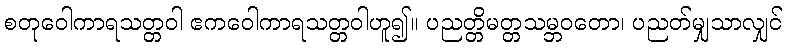
စတုဝေါကာရသတ္တဝါ ဧကဝေါကာရသတ္တဝါဟူ၍။ ပညတ္တိမတ္တသမ္ဘဝတော၊ ပညတ်မျှသာလျှင်